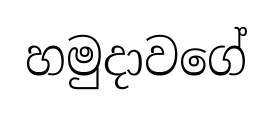
හමුදාවගේ